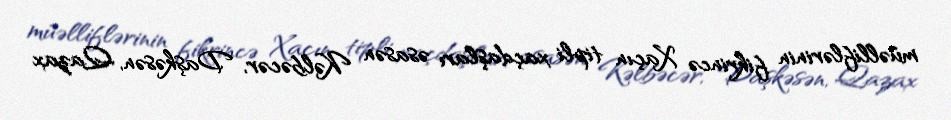
müəlliflərinin fikrincə Xaçın tipli xaçdaşları əsasən Kəlbəcər, Daşkəsən, Qazax